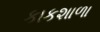
કાકશાળા